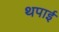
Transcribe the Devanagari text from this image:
थपाई